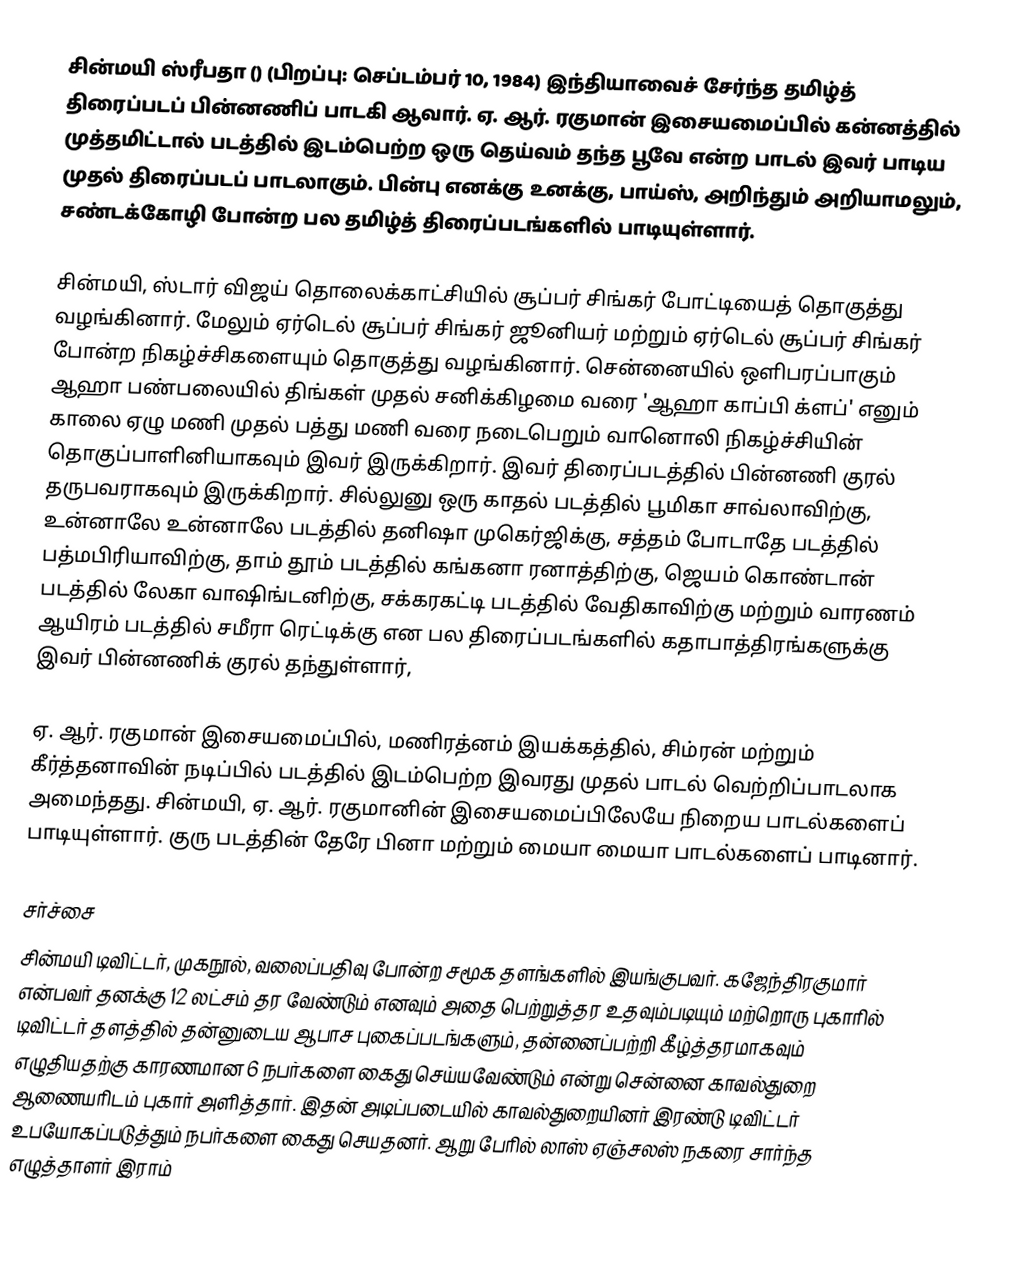
சின்மயி ஸ்ரீபதா () (பிறப்பு: செப்டம்பர் 10, 1984) இந்தியாவைச் சேர்ந்த தமிழ்த் திரைப்படப் பின்னணிப் பாடகி ஆவார். ஏ. ஆர். ரகுமான் இசையமைப்பில் கன்னத்தில் முத்தமிட்டால் படத்தில் இடம்பெற்ற ஒரு தெய்வம் தந்த பூவே என்ற பாடல் இவர் பாடிய முதல் திரைப்படப் பாடலாகும். பின்பு எனக்கு உனக்கு, பாய்ஸ், அறிந்தும் அறியாமலும், சண்டக்கோழி போன்ற பல தமிழ்த் திரைப்படங்களில் பாடியுள்ளார்.

சின்மயி, ஸ்டார் விஜய் தொலைக்காட்சியில் சூப்பர் சிங்கர் போட்டியைத் தொகுத்து வழங்கினார். மேலும் ஏர்டெல் சூப்பர் சிங்கர் ஜூனியர் மற்றும் ஏர்டெல் சூப்பர் சிங்கர் போன்ற நிகழ்ச்சிகளையும் தொகுத்து வழங்கினார். சென்னையில் ஒளிபரப்பாகும் ஆஹா பண்பலையில் திங்கள் முதல் சனிக்கிழமை வரை 'ஆஹா காப்பி க்ளப்' எனும் காலை ஏழு மணி முதல் பத்து மணி வரை நடைபெறும் வானொலி நிகழ்ச்சியின் தொகுப்பாளினியாகவும் இவர் இருக்கிறார். இவர் திரைப்படத்தில் பின்னணி குரல் தருபவராகவும் இருக்கிறார். சில்லுனு ஒரு காதல் படத்தில் பூமிகா சாவ்லாவிற்கு, உன்னாலே உன்னாலே படத்தில் தனிஷா முகெர்ஜிக்கு, சத்தம் போடாதே படத்தில் பத்மபிரியாவிற்கு, தாம் தூம் படத்தில் கங்கனா ரனாத்திற்கு, ஜெயம் கொண்டான் படத்தில் லேகா வாஷிங்டனிற்கு, சக்கரகட்டி படத்தில் வேதிகாவிற்கு மற்றும் வாரணம் ஆயிரம் படத்தில் சமீரா ரெட்டிக்கு என பல திரைப்படங்களில் கதாபாத்திரங்களுக்கு இவர் பின்னணிக் குரல் தந்துள்ளார்,

ஏ. ஆர். ரகுமான் இசையமைப்பில், மணிரத்னம் இயக்கத்தில், சிம்ரன் மற்றும் கீர்த்தனாவின் நடிப்பில் படத்தில் இடம்பெற்ற இவரது முதல் பாடல் வெற்றிப்பாடலாக அமைந்தது. சின்மயி, ஏ. ஆர். ரகுமானின் இசையமைப்பிலேயே நிறைய பாடல்களைப் பாடியுள்ளார். குரு படத்தின் தேரே பினா மற்றும் மையா மையா பாடல்களைப் பாடினார்.

சர்ச்சை
சின்மயி டிவிட்டர், முகநூல், வலைப்பதிவு போன்ற சமூக தளங்களில் இயங்குபவர். கஜேந்திரகுமார் என்பவர் தனக்கு 12 லட்சம் தர வேண்டும் எனவும் அதை பெற்றுத்தர உதவும்படியும் மற்றொரு புகாரில் டிவிட்டர் தளத்தில் தன்னுடைய ஆபாச புகைப்படங்களும், தன்னைப்பற்றி கீழ்த்தரமாகவும் எழுதியதற்கு காரணமான 6 நபர்களை கைது செய்யவேண்டும் என்று சென்னை காவல்துறை ஆணையரிடம் புகார் அளித்தார். இதன் அடிப்படையில் காவல்துறையினர் இரண்டு டிவிட்டர் உபயோகப்படுத்தும் நபர்களை கைது செயதனர். ஆறு பேரில் லாஸ் ஏஞ்சலஸ் நகரை சார்ந்த எழுத்தாளர் இராம்